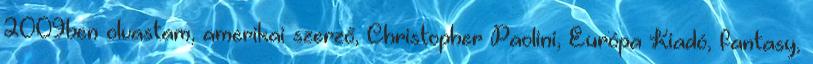
2009ben olvastam, amerikai szerző, Christopher Paolini, Európa Kiadó, fantasy,